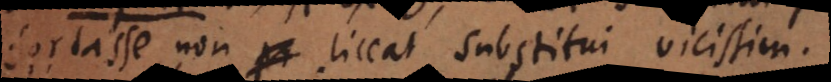
fortasse non liceat substitui vicissim.